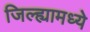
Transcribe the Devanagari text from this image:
जिल्‍ह्यामध्ये